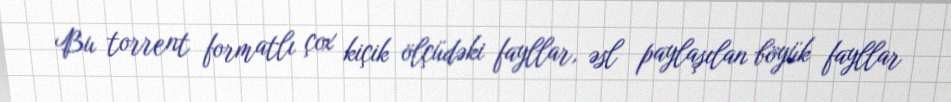
Bu torrent formatlı çox kiçik ölçüdəki fayllar, əsl paylaşılan böyük fayllar